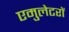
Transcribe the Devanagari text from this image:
एमुलेटरों